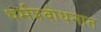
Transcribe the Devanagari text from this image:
धर्मप्रबोधनात